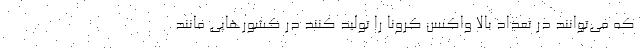
که می‌توانند در تعداد بالا واکسن کرونا را تولید کنند در کشورهایی مانند